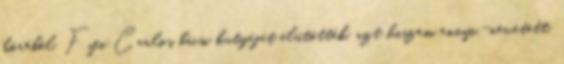
köréből. Fifi Carlos bácsi kutyáját elütötték, azt hiszem ennyi.-nevetett.